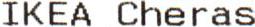
IKEA CHERAS